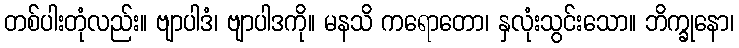
တစ်ပါးတုံလည်း။ ဗျာပါဒံ၊ ဗျာပါဒကို။ မနသိ ကရောတော၊ နှလုံးသွင်းသော။ ဘိက္ခုနော၊